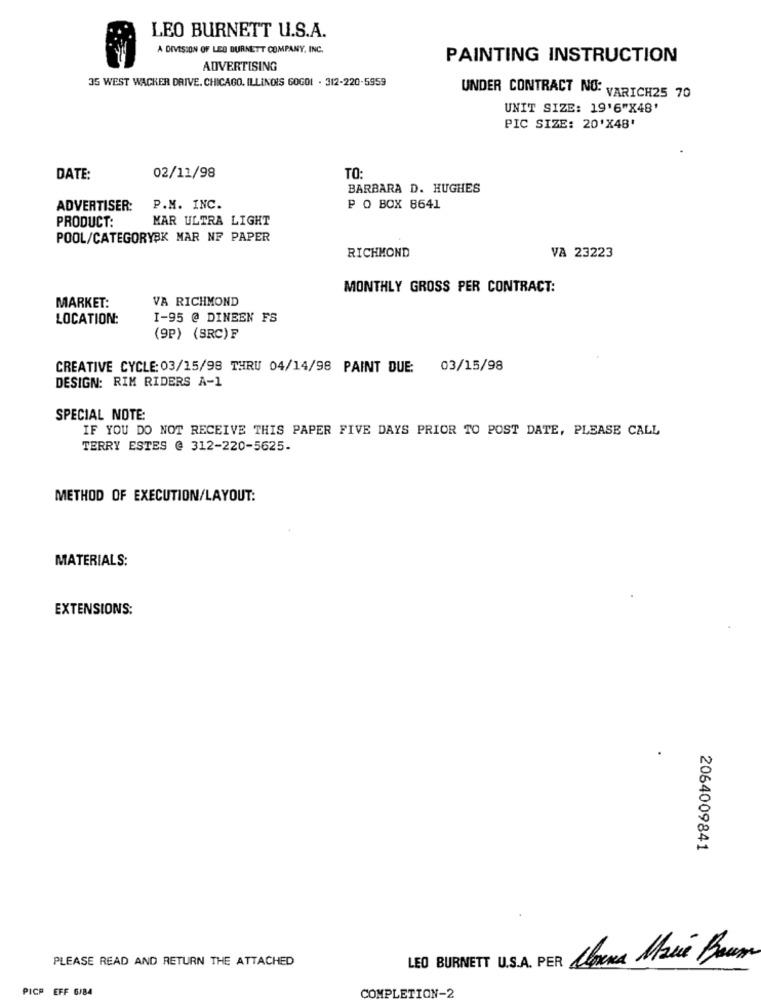
LEO BURNETT U.S.A.
A DIVISION OF LEO BURNETT COMPANY, INC.
PAINTING INSTRUCTION
ADVERTISING
35 WEST WACKER DRIVE. CHICAGO, ILLINOIS GOGOL . 312-220-5959
UNDER CONTRACT NO: VARICH25 70
UNIT SIZE: 19'6"X48'
PIC SIZE: 20'X48'
DATE:
02/11/98
TO:
BARBARA D. HUGHES
ADVERTISER:
P.M. INC.
P O BOX 8641
MAR ULTRA LIGHT
PRODUCT:
POOL/CATEGORYBK MAR NF PAPER
RICHMOND
VA 23223
MONTHLY GROSS PER CONTRACT:
MARKET:
VA RICHMOND
LOCATION:
I-95 @ DINEEN FS
(9P) (SRC) F
CREATIVE CYCLE: 03/15/98 THRU 04/14/98 PAINT DUE: 03/15/98
DESIGN: RIM RIDERS A-1
SPECIAL NOTE:
IF YOU DO NOT RECEIVE THIS PAPER FIVE DAYS PRIOR TO POST DATE, PLEASE CALL
TERRY ESTES @ 312-220-5625.
METHOD OF EXECUTION/LAYOUT:
MATERIALS:
EXTENSIONS:
2064009841
PLEASE READ AND RETURN THE ATTACHED
Conuna Marie Bawn
PICP EFF 6/84
COMPLETION-2